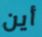
أين